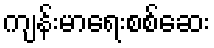
ကျန်းမာရေးစစ်ဆေး